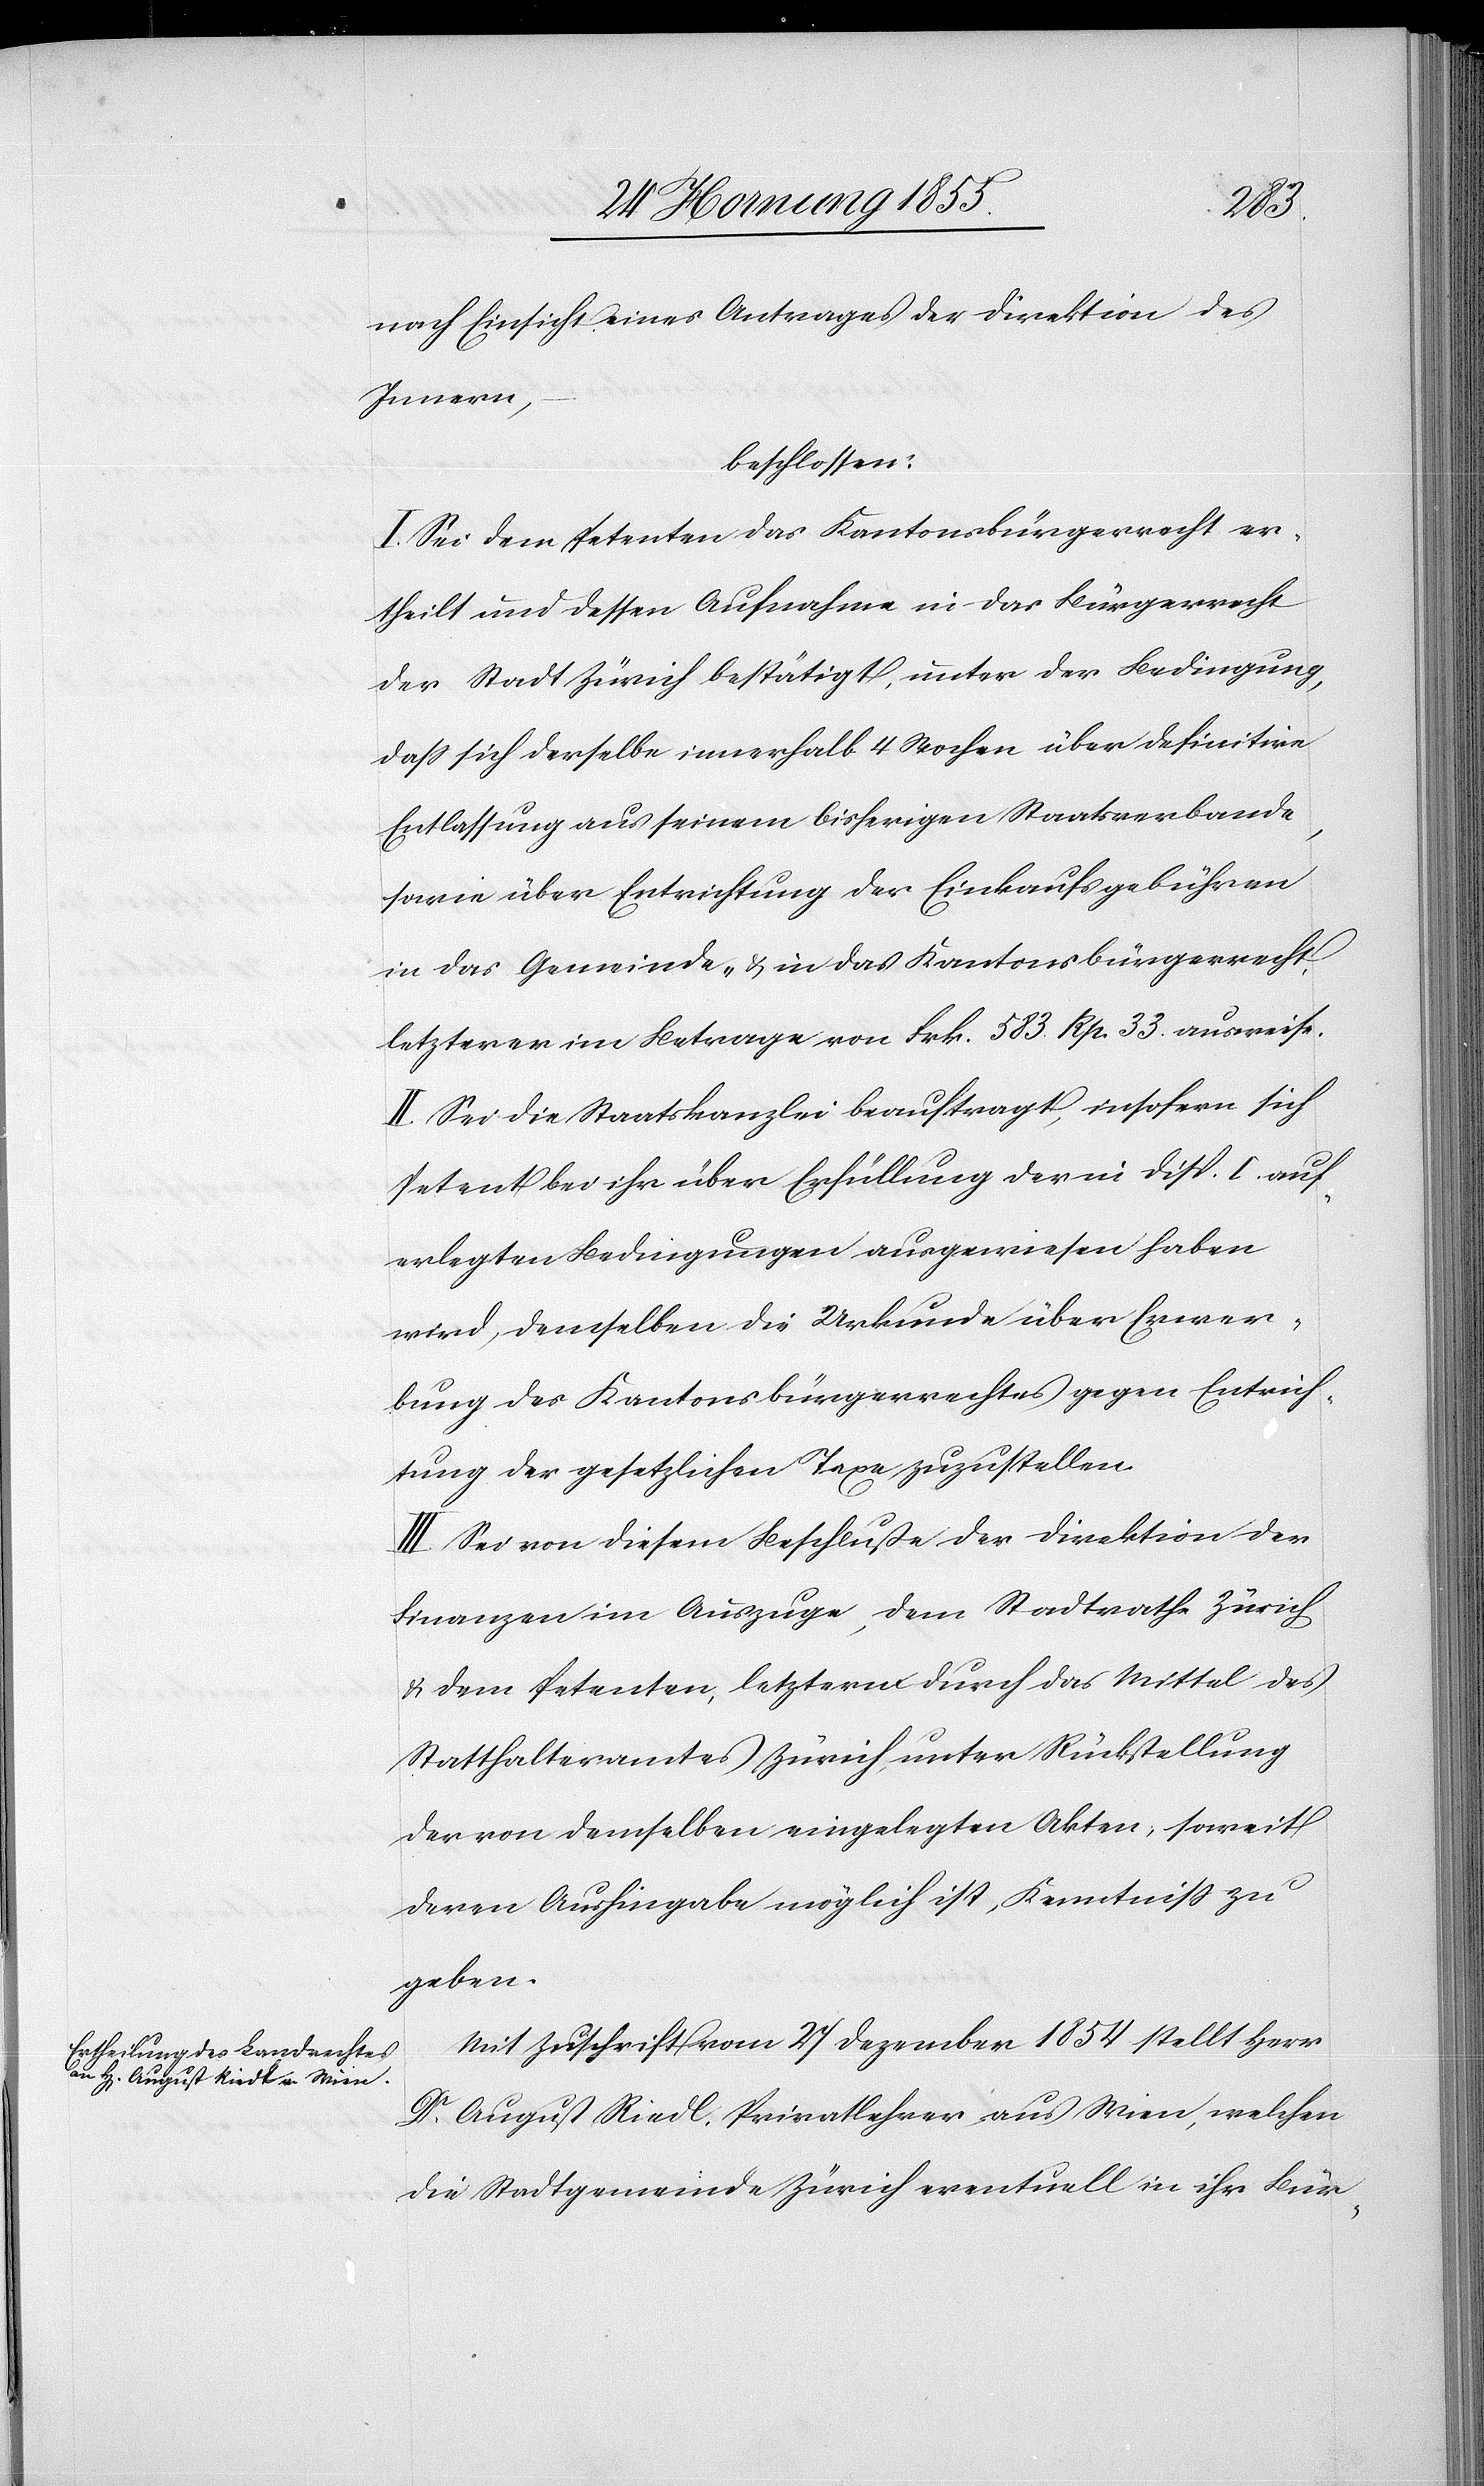
nach Einsicht eines Antrages der Direktion des
Innern,
beschlossen:
I. Sei dem Petenten das Kantonsbürgerrecht er¬
theilt und dessen Aufnahme in das Bürgerrecht
der Stadt Zürich bestätigt, unter der Bedingung,
dass sich derselbe innerhalb 4 Wochen über definitive
Entlassung aus seinem bisherigen Staatsverbande,
sowie über Entrichtung der Einkaufsgebühren
in das Gemeinde- & in das Kantonsbürgerrecht,
letzterer im Betrage von Frk. 583 Rp. 33. ausweise.
II. Sei die Staatskanzlei beauftragt, insofern sich
Petent bei ihr über Erfüllung der in Disp. I. auf¬
erlegten Bedingungen ausgewiesen haben
wird, demselben die Urkunde über Erwer¬
bung des Kantonsbürgerrechtes gegen Entrich¬
tung der gesetzlichen Taxe zuzustellen.
III. Sei von diesem Beschluße der Direktion der
Finanzen im Auszuge, dem Stadtrathe Zürich
& dem Petenten, letzterm durch das Mittel des
Statthalteramtes Zürich, unter Rückstellung
der von demselben eingelegten Akten, soweit
deren Aushingabe möglich ist, Kenntniss zu
geben.
Mit Zuschrift vom 27 Dezember 1854 stellt Herr
Dr. August Riedl, Privatlehrer aus Wien, welchen
die Stadtgemeinde Zürich eventuell in ihr Bür-